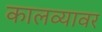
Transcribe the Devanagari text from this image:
कालव्यावर